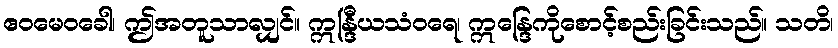
ဧဝမေဝခေါ၊ ဤအတူသာလျှင်။ ဣန္ဒြီယသံဝရေ၊ ဣန္ဒြေကိုစောင့်စည်းခြင်းသည်။ သတိ၊